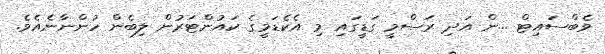
ވެބްސައިޓް ...ން އަދި ރަސްމީ ގަޑީގައި މި އެކެޑަމީގެ ކައުންޓަރުން ލިބެން ހުންނާނެއެވެ.